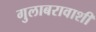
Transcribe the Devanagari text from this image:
गुलाबरावाशी